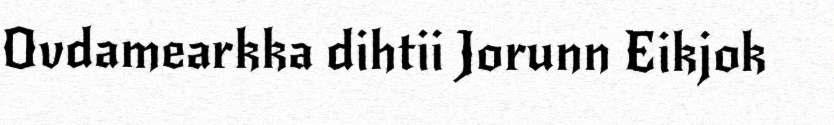
Ovdamearkka dihtii Jorunn Eikjok